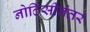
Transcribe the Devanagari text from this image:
नोटिसीनंतर